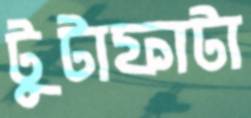
টুটাফাটা